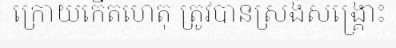
ក្រោយកើតហេតុ ត្រូវបានស្រង់សង្គ្រោះ